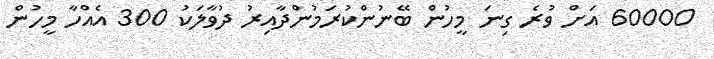
60000 އަށް ވުރެ ގިނަ މީހުން ބޭނުންކުރަމުންދާއިރު ދުވާލަކު 300 އެއްހާ މީހުން